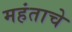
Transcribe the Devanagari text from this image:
महंताचे